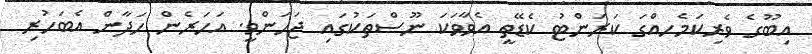
އިބޫގެ ވެރިކަމެހއްގަ ކަރަންޓު ކެޑޭތީ އެވާވަކަ ނޫސްތަކުގައި ޖަހަންވީ. އަހަރެން ހަދާން އެބަހުރި